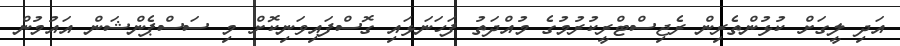
އަދި ލީގަށް ކުޅުންތެރިން ރެޖިސްޓްރީކުރުމުގެ މުއްދަތު ފަހަނަޅައި ގޮސްފައިވަނިކޮށް މި ސަސްޕެންޝަން އައުމުން